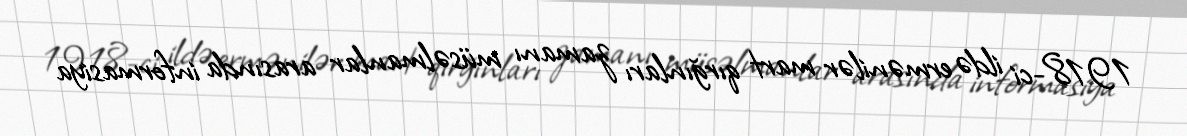
1918-ci ildə ermənilər mart qırğınları zamanı müsəlmanlar arasında informasiya